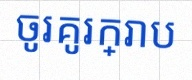
ចូរគូរក្រាប